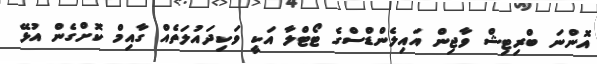
އޮންނަ ބްރިޓިޝް ވާޖިން އައިލެންޑްސްގެ ޓޯޓްލާ އަކީ ވަކިދައުލަތެއް ގާއިމް ކޮށްގެން އުޅޭ